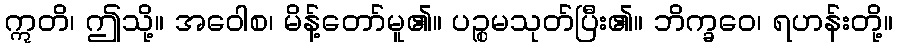
ဣတိ၊ ဤသို့။ အဝေါစ၊ မိန့်တော်မူ၏။ ပဉ္စမသုတ်ပြီး၏။ ဘိက္ခဝေ၊ ရဟန်းတို့။